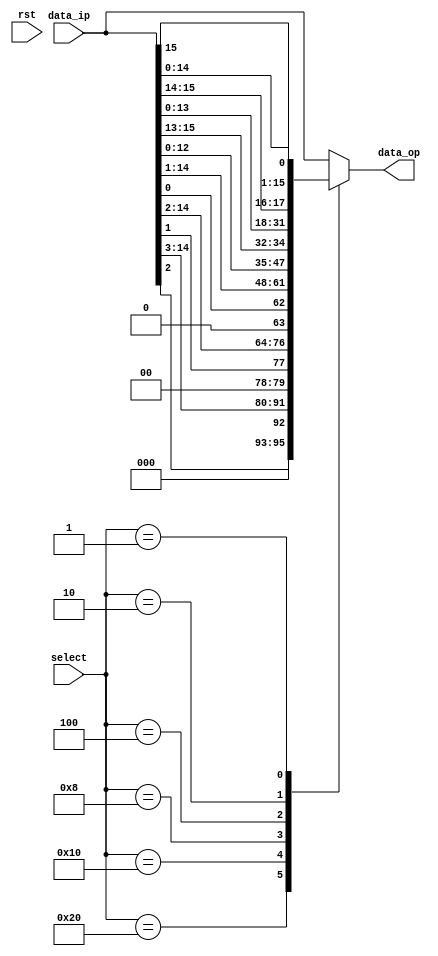
module shift_rotator (rst,data_ip,select,data_op);

  //Ports.
  input [15:0] data_ip;
  input [5:0] select;
  input rst;
  output [15:0] data_op;
  reg [15:0] case_op;

  //Logic.
  always @(*) 
    begin
      case (select)
        6'd32: case_op = {data_ip[2], data_ip[14:3]};
        6'd16: case_op = {data_ip[1], data_ip[14:2]};
        6'd8: case_op = {data_ip[0], data_ip[14:1]};
        6'd4: case_op = {data_ip[12:0], data_ip[15:13]} ;
        6'd2: case_op = {data_ip[13:0], data_ip[15:14]}; 
        6'd1: case_op = {data_ip[14:0], data_ip[15]};
        default: case_op = data_ip; // No rotation
      endcase
    end

  assign data_op = case_op;

endmodule